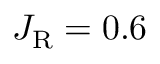
J _ { \mathrm { R } } = 0 . 6